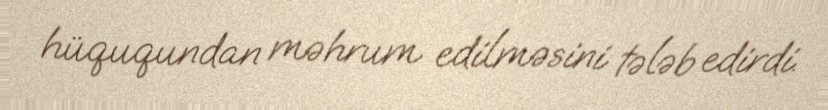
hüququndan məhrum edilməsini tələb edirdi.